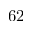
6 2